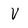
Character: V